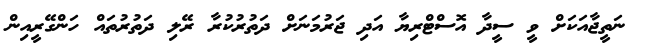
ނަތީޖާއަކަށް ވީ ސީދާ އޮސްޓްރިޔާ އަދި ޖަރުމަނަށް ދަތުރުކުރާ ރޭލި ދަތުރުތައް ހަންގޭރީއިން